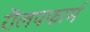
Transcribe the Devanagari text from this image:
रॊलपफार्म